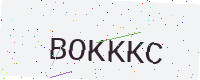
Text: BOKKKC